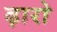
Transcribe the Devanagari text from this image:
ढ़ारो